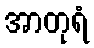
အာတုရံ